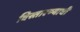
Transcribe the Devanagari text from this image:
विस्तारण्याची